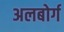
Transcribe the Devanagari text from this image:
अलबोर्ग